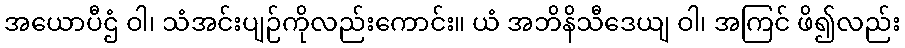
အယောပီဌံ ဝါ၊ သံအင်းပျဉ်ကိုလည်းကောင်း။ ယံ အဘိနိသီဒေယျ ဝါ၊ အကြင် ဖိ၍လည်း